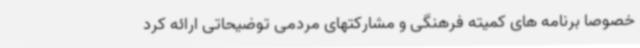
خصوصا برنامه های کمیته فرهنگی و مشارکتهای مردمی توضیحاتی ارائه کرد